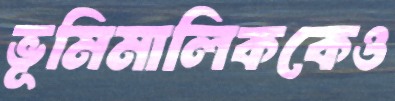
ভূমিমালিককেও